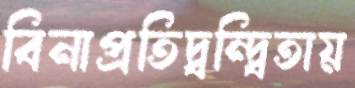
বিনাপ্রতিদ্বন্দ্বিতায়